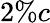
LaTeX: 2\% c